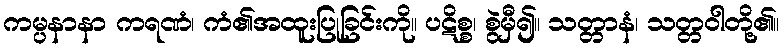
ကမ္ပနာနာ ကရဏံ၊ ကံ၏အထူးပြုခြင်းကို။ ပဋိစ္စ၊ စွဲမှီ၍။ သတ္တာနံ၊ သတ္တဝါတို့၏။